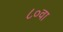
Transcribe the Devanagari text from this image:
८०वा